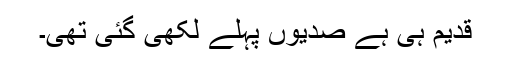
قدیم ہی ہے صدیوں پہلے لکھی گئی تھی۔